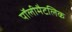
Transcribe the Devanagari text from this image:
पॉलीमैटलिक